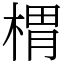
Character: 𣖜